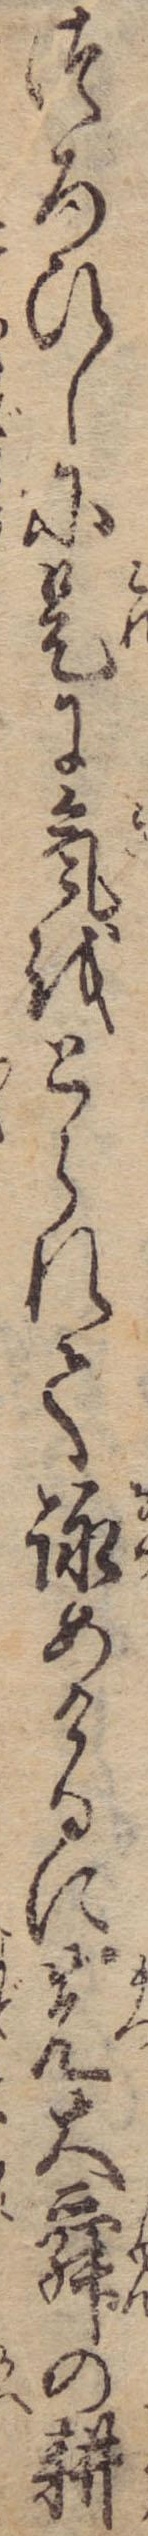
つろひしに是に気をとられて詠めけるに先大舜の耕